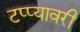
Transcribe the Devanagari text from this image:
टप्प्यावरी